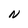
Character: N